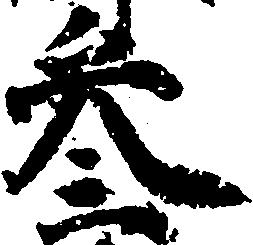
参